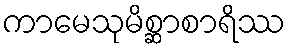
ကာမေသုမိစ္ဆာစာရိဿ